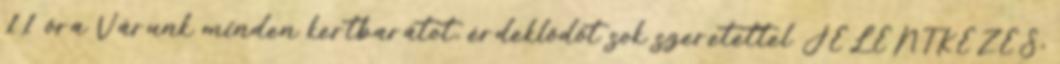
11 óra Várunk minden kertbarátot, érdeklődőt sok szeretettel JELENTKEZÉS,